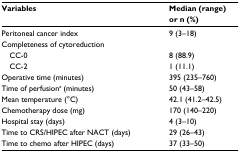
<table><thead><tr><td><b>Variables</b></td><td><b>Median (range) or n (%)</b></td></tr></thead><tbody><tr><td>Peritoneal cancer index</td><td>9 (3–18)</td></tr><tr><td>Completeness of cytoreduction</td><td></td></tr><tr><td> CC-0</td><td>8 (88.9)</td></tr><tr><td> CC-2</td><td>1 (11.1)</td></tr><tr><td>Operative time (minutes)</td><td>395 (235–760)</td></tr><tr><td>Time of perfusiona (minutes)</td><td>50 (43–58)</td></tr><tr><td>Mean temperature (°C)</td><td>42.1 (41.2–42.5)</td></tr><tr><td>Chemotherapy dose (mg)</td><td>170 (140–220)</td></tr><tr><td>Hospital stay (days)</td><td>4 (3–10)</td></tr><tr><td>Time to CRS/HIPEC after NACT (days)</td><td>29 (26–43)</td></tr><tr><td>Time to chemo after HIPEC (days)</td><td>37 (33–50)</td></tr></tbody></table>